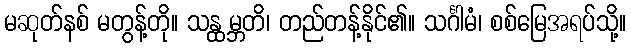
မဆုတ်နစ် မတွန့်တို။ သန္ထမ္ဘတိ၊ တည်တန့်နိုင်၏။ သင်္ဂါမံ၊ စစ်မြေအရပ်သို့။